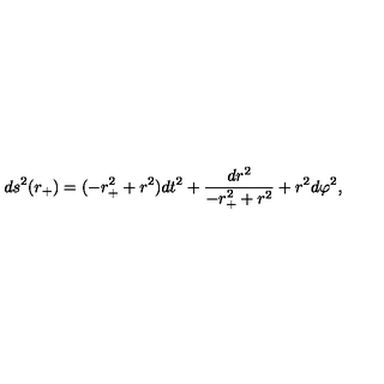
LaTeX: d s ^ { 2 } ( r _ { + } ) = ( - r _ { + } ^ { 2 } + r ^ { 2 } ) d t ^ { 2 } + \frac { d r ^ { 2 } } { - r _ { + } ^ { 2 } + r ^ { 2 } } + r ^ { 2 } d \varphi ^ { 2 } ,